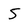
Character: 5